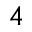
_ 4